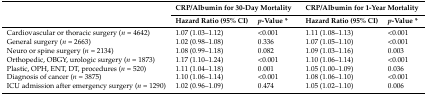
| <ROWSPAN=2>  | <COLSPAN=2> CRP/Albumin for 30-Day Mortality | <COLSPAN=2> CRP/Albumin for 1-Year Mortality |
 | Hazard Ratio (95% CI) | p-Value * | Hazard Ratio (95% CI) | p-Value * |
 | --- | --- | --- | --- | --- |
 | Cardiovascular or thoracic surgery (n = 4642) | 1.07 (1.03–1.12) | <0.001 | 1.11 (1.08–1.13) | <0.001 |
 | General surgery (n = 2663) | 1.02 (0.98–1.08) | 0.336 | 1.07 (1.05–1.10) | <0.001 |
 | Neuro or spine surgery (n = 2134) | 1.08 (0.99–1.18) | 0.082 | 1.09 (1.03–1.16) | 0.003 |
 | Orthopedic, OBGY, urologic surgery (n = 1873) | 1.17 (1.10–1.24) | <0.001 | 1.10 (1.06–1.14) | <0.001 |
 | Plastic, OPH, ENT, DT, procedures (n = 520) | 1.11 (1.04–1.18) | 0.001 | 1.05 (1.00–1.09) | 0.036 |
 | Diagnosis of cancer (n = 3875) | 1.10 (1.06–1.14) | <0.001 | 1.08 (1.06–1.10) | <0.001 |
 | ICU admission after emergency surgery (n = 1290) | 1.02 (0.96–1.09) | 0.474 | 1.05 (1.02–1.10) | 0.006 |